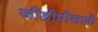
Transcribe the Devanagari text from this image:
जीडीपीसाठी